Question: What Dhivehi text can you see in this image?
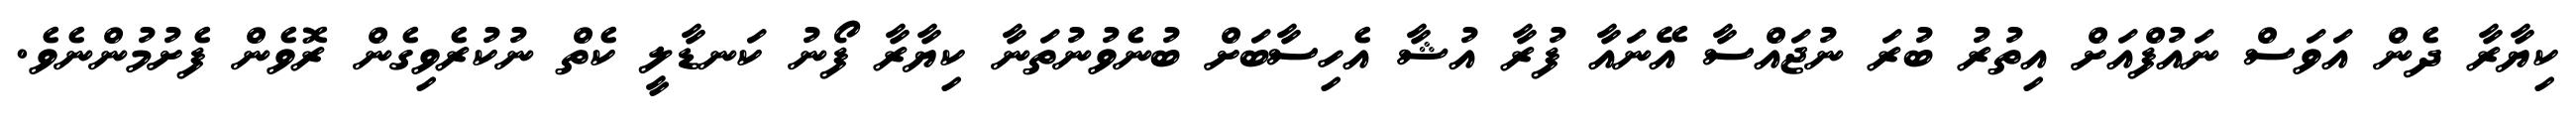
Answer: ކިޔާރާ ދެން އަވަސް ނައުފްއަށް އިތުރު ބުރަ ނުޖައްސާ އޭނައާ ފުރާ އުޝާ އެހިސާބަށް ބުނެވުނުތަނާ ކިޔާރާ ފޯނު ކަނޑާލީ ކެތް ނުކުރެވިގެން ރޮވެން ފެށުމުންނެވެ.